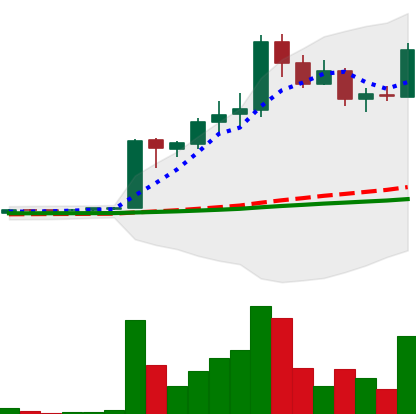
Ticker: LTC-USD
Chart end date: 2017-04-12
Forward return: -3.375%
Label: down_3_5